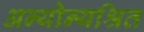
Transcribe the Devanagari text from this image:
अन्योन्यश्रित